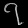
Digit: ၇